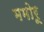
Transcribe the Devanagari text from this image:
ममोरू